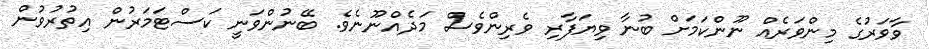
ވާވަރުގެ މިންވަރެއް ނޫންކަމަށް ބުނާ ވިޔަފާރި ވެރިންވެސް މަދެއްނޫނެވެ. ބޭނުންވަނީ ކަސްޓަމަރުން އިތުރުވުން